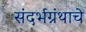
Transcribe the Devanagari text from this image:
संदर्भग्रंथाचे